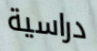
دراسية